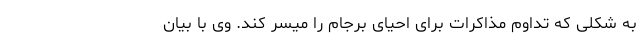
به شکلی که تداوم مذاکرات برای احیای برجام را میسر کند. وی با بیان